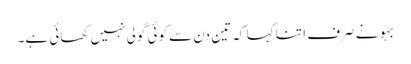
بہو نے صرف ا تنا کہا کہ تین دن سے کوئی گولی نہیں کھائی ہے۔